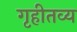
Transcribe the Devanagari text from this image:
गृहीतव्य